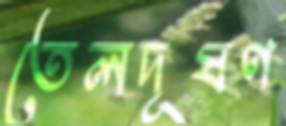
তেলদূষণ